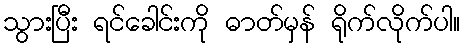
သွားပြီး ရင်ခေါင်းကို ဓာတ်မှန် ရိုက်လိုက်ပါ။